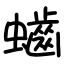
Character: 𪘅